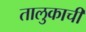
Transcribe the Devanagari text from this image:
तालुकाची